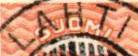
LAHTI